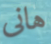
هانى